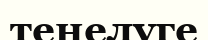
теңелуге